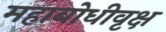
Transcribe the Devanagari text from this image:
महाबोधीवृक्ष